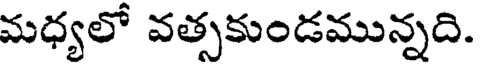
మధ్యలో వత్సకుండమున్నది.